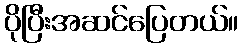
ပိုပြီးအဆင်ပြေတယ်။